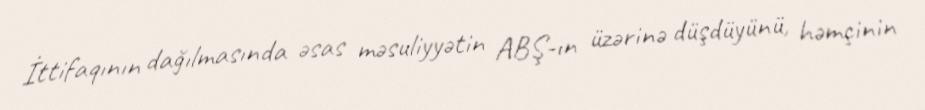
İttifaqının dağılmasında əsas məsuliyyətin ABŞ-ın üzərinə düşdüyünü, həmçinin